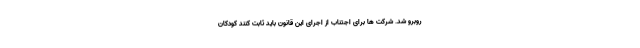
روبرو شد. شرکت ها برای اجتناب از اجرای این قانون باید ثابت کنند کودکان